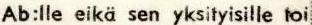
Ab:lle eikä sen yksityisille toi